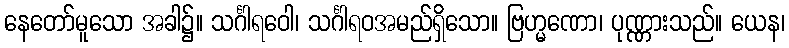
နေတော်မူသော အခါ၌။ သင်္ဂါရဝေါ၊ သင်္ဂါရဝအမည်ရှိသော။ ဗြဟ္မဏော၊ ပုဏ္ဏားသည်။ ယေန၊